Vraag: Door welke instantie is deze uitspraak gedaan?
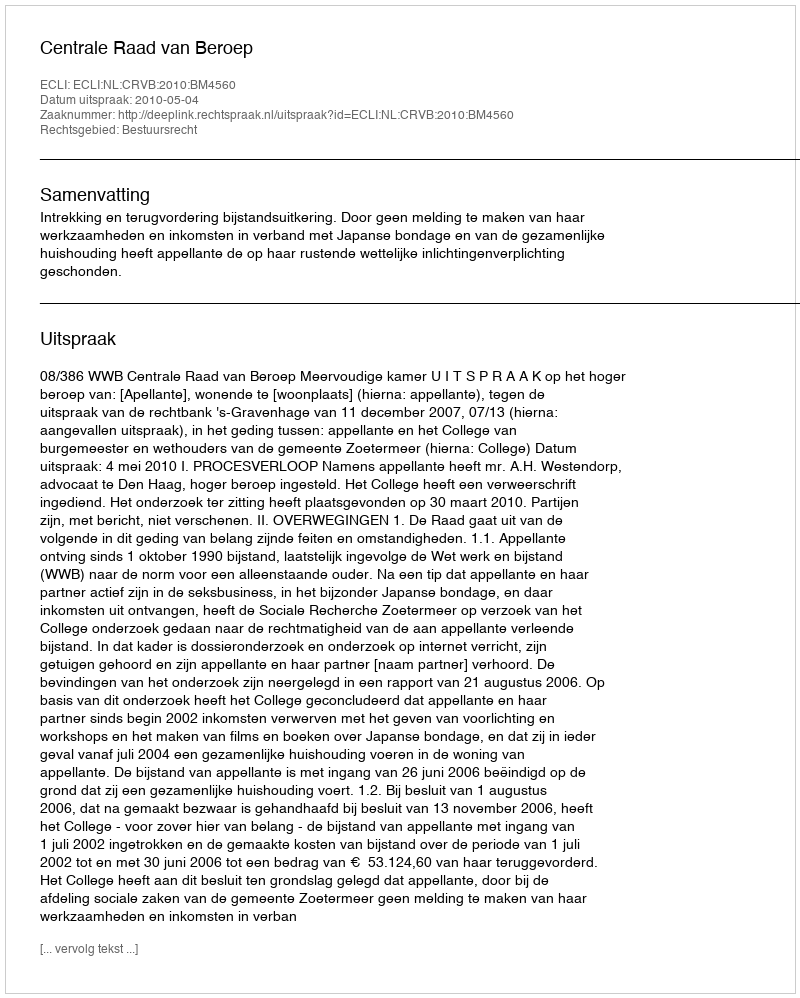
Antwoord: Centrale Raad van Beroep